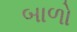
બાળો